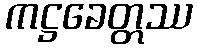
ကဋ္ဌခေတ္တဿ